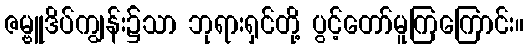
ဇမ္ဗူဒိပ်ကျွန်း၌သာ ဘုရားရှင်တို့ ပွင့်တော်မူကြကြောင်း။